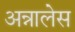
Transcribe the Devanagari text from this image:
अन्नालेस